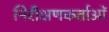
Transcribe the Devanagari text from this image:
निरीक्षणकर्ताओं